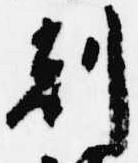
刻